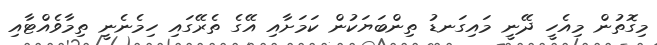
މިގޮތުން މިއެހީ ދޭނީ މައިގަނޑު ތިންބަޔަކުން ކަމަށާއި އޭގެ ތެރޭގައި ހިމެނެނީ ތިމާވެއްޓާއި